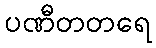
ပဏီတတရေ